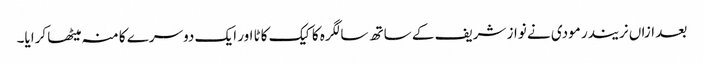
بعد ازاں نریندر مودی نے نواز شریف کے ساتھ سالگرہ کا کیک کاٹا اور ایک دوسرے کا منہ میٹھا کرایا۔